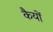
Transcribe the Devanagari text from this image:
कैयों